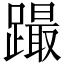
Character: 𨅎